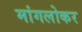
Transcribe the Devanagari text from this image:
मांगलोकर